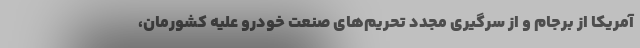
آمریکا از برجام و از سرگیری مجدد تحریم‌های صنعت خودرو علیه کشورمان،